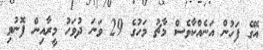
އޭގެ ފަހުން އަނެއްކާވެސް މާޗު މަހުގެ 29 ވަނަ ދުވަހު މީރާއިން ފޮނުވި